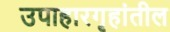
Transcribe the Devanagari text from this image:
उपाहारगृहांतील